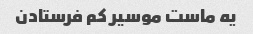
یه ماست موسیر کم فرستادن